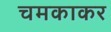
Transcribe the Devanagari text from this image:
चमकाकर